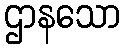
ဌာနသော